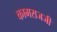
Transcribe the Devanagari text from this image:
कामराजजी